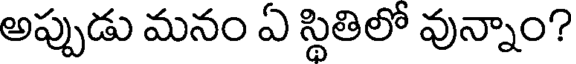
అప్పుడు మనం ఏ స్థితిలో వున్నాం?